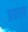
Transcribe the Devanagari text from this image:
प्रकरन